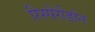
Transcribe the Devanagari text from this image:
रिस्पेरीडोन